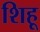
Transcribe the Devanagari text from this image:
शिहू